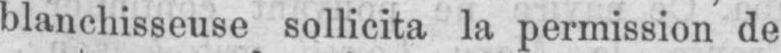
blanchisseuse sollicita la permission de